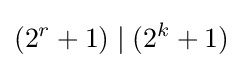
(2^{r}+1)\mid (2^{k}+1)